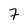
Character: 7